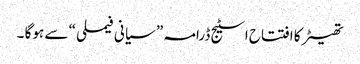
تھیٹر کا افتتاح اسٹیج ڈرامہ ” سیانی فیملی “ سے ہوگا ۔